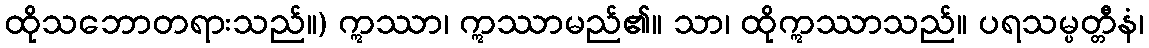
ထိုသဘောတရားသည်။) ဣဿာ၊ ဣဿာမည်၏။ သာ၊ ထိုဣဿာသည်။ ပရသမ္ပတ္တီနံ၊